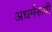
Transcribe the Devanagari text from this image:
अधर्मरूपी